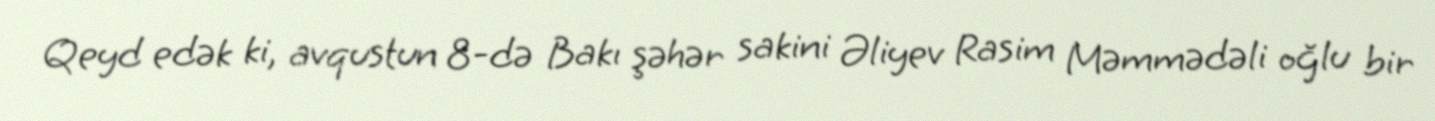
Qeyd edək ki, avqustun 8-də Bakı şəhər sakini Əliyev Rasim Məmmədəli oğlu bir